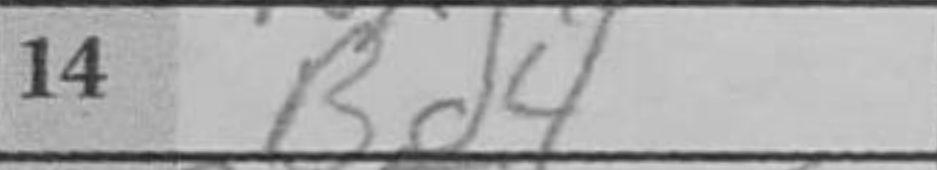
Transcription: Bd4